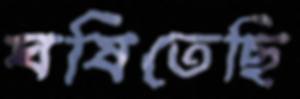
ঘষিতেছি